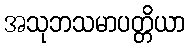
အသုဘသမာပတ္တိယာ